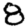
Digit: 8